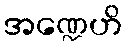
အဏ္ဍေဟိ